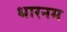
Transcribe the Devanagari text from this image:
धारनम